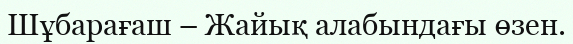
Шұбарағаш – Жайық алабындағы өзен.